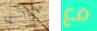
جآكي مع